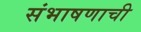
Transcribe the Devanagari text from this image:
संभाषणाची